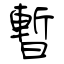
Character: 暫